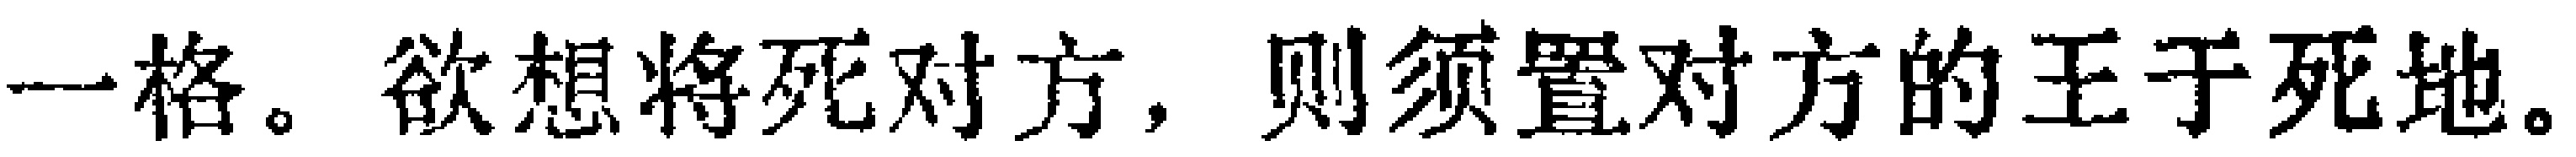
一格。欲想将死对方，则须置对方的王于死地。